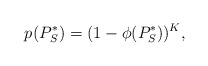
\begin{align*}p_{}^{}(P_S^*) = (1-\phi(P_S^*))^K,\end{align*}